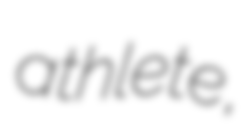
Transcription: athlete,